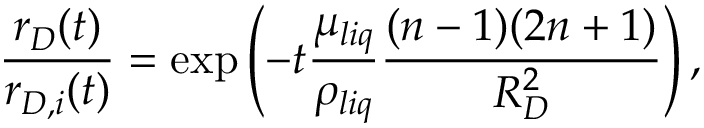
\frac { r _ { D } ( t ) } { r _ { D , i } ( t ) } = \exp \left( - t \frac { \mu _ { l i q } } { \rho _ { l i q } } \frac { ( n - 1 ) ( 2 n + 1 ) } { R _ { D } ^ { 2 } } \right) ,